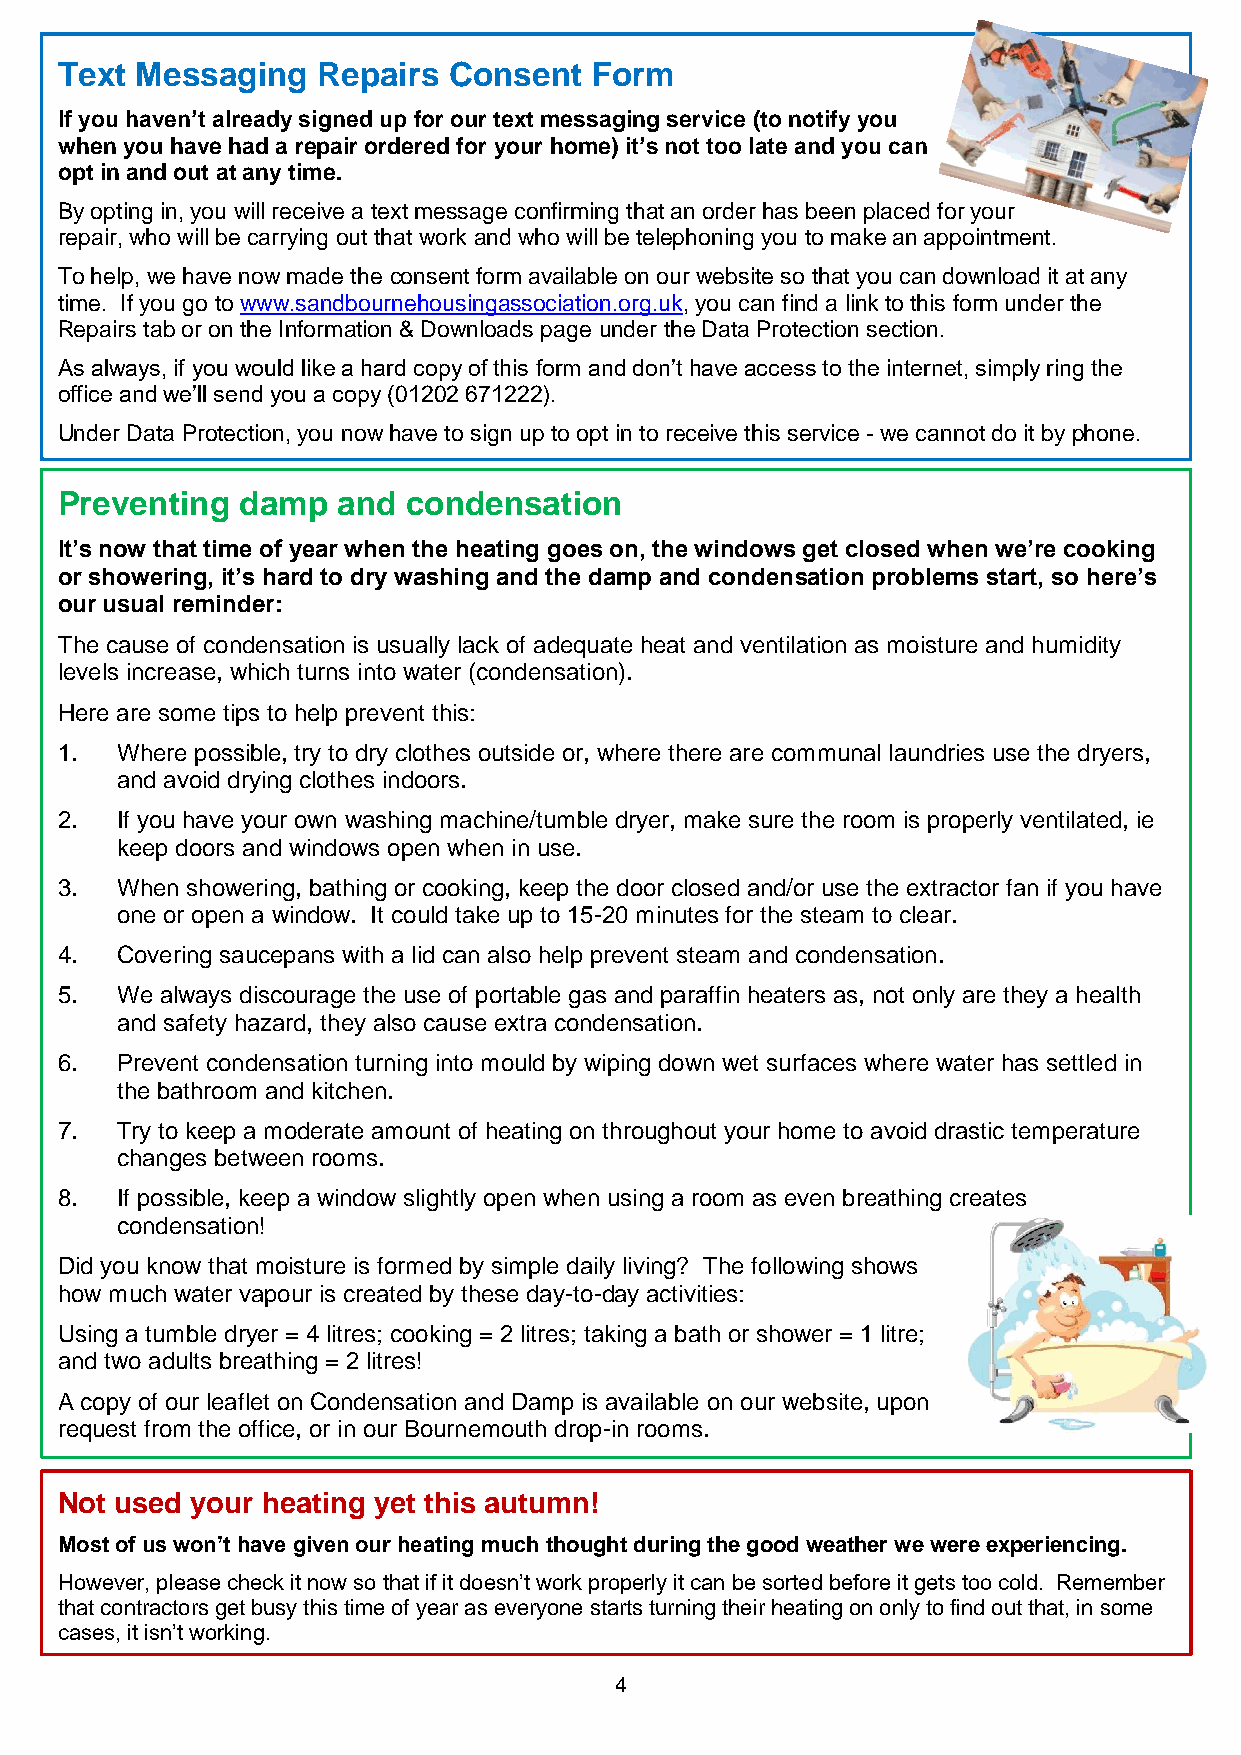
Text Messaging   Repairs  Consent  Form
 If you haven’t already signed up for our text messaging service (to notify you
 when you have had a repair ordered for your home) it’s not too late and you can
 opt in and out at any time.
 By opting in, you will receive a text message confirming that an order has been placed for your
 repair, who will be carrying out that work and who will be telephoning you to make an appointment.
 To help, we have now made the consent form available on our website so that you can download it at any
 time. If you go to www.sandbournehousingassociation.org.uk, you can find a link to this form under the
 Repairs tab or on the Information & Downloads page under the Data Protection section.
 As always, if you would like a hard copy of this form and don’t have access to the internet, simply ring the
 office and we’ll send you a copy (01202 671222).
 Under Data Protection, you now have to sign up to opt in to receive this service - we cannot do it by phone.
 Preventing  damp  and  condensation
 It’s now that time of year when the heating goes on, the windows get closed when we’re cooking
 or showering, it’s hard to dry washing and the damp and condensation problems start, so here’s
 our usual reminder:
 The cause of condensation is usually lack of adequate heat and ventilation as moisture and humidity
 levels increase, which turns into water (condensation).
 Here are some tips to help prevent this:
 1.  Where possible, try to dry clothes outside or, where there are communal laundries use the dryers,
 and avoid drying clothes indoors.
 2.  If you have your own washing machine/tumble dryer, make sure the room is properly ventilated, ie
 keep doors and windows open when in use.
 3.  When showering, bathing or cooking, keep the door closed and/or use the extractor fan if you have
 one or open a window. It could take up to 15-20 minutes for the steam to clear.
 4.  Covering saucepans with a lid can also help prevent steam and condensation.
 5.  We always discourage the use of portable gas and paraffin heaters as, not only are they a health
 and safety hazard, they also cause extra condensation.
 6.  Prevent condensation turning into mould by wiping down wet surfaces where water has settled in
 the bathroom and kitchen.
 7.  Try to keep a moderate amount of heating on throughout your home to avoid drastic temperature
 changes between rooms.
 8.  If possible, keep a window slightly open when using a room as even breathing creates
 condensation!
 Did you know that moisture is formed by simple daily living? The following shows
 how much water vapour is created by these day-to-day activities:
 Using a tumble dryer = 4 litres; cooking = 2 litres; taking a bath or shower = 1 litre;
 and two adults breathing = 2 litres!
 A copy of our leaflet on Condensation and Damp is available on our website, upon
 request from the office, or in our Bournemouth drop-in rooms.
 Not used your heating yet this autumn!
 Most of us won’t have given our heating much thought during the good weather we were experiencing.
 However, please check it now so that if it doesn’t work properly it can be sorted before it gets too cold. Remember
 that contractors get busy this time of year as everyone starts turning their heating on only to find out that, in some
 cases, it isn’t working.
 4